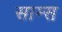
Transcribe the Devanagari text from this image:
साम्स